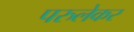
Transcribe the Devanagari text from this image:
परुलेकर